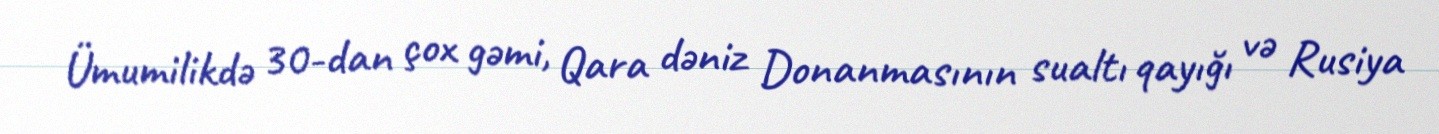
Ümumilikdə 30-dan çox gəmi, Qara dəniz Donanmasının sualtı qayığı və Rusiya